Punjab Mental Hospital Lahore 1932-46 - 1932-1946
Year: 1932
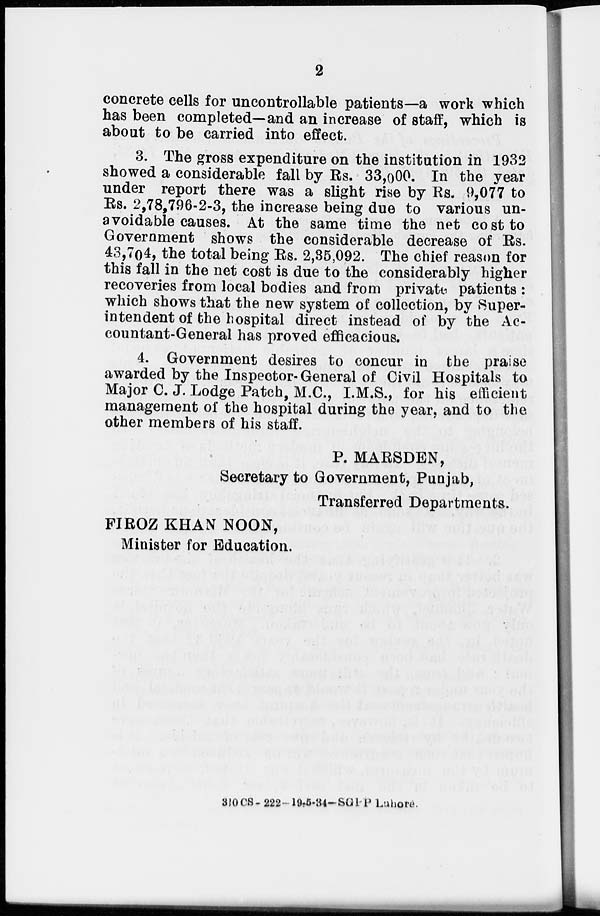
2
concrete cells for uncontrollable patients—a work which
has been completed—and an increase of staff, which is
about to be carried into effect.
3. The gross expenditure on the institution in 1932
showed a considerable fall by Rs. 33,000. In the year
under report there was a slight rise by Rs. 9,077 to
Rs. 2,78,796-2-3, the increase being due to various un-
avoidable causes. At the same time the net cost to
Government shows the considerable decrease of Rs.
43,704, the total being Rs. 2,35,092. The chief reason for
this fall in the net cost is due to the considerably higher
recoveries from local bodies and from private patients :
which shows that the new system of collection, by Super-
intendent of the hospital direct instead of by the Ac-
countant-General has proved efficacious.
4. Government desires to concur in the praise
awarded by the Inspector-General of Civil Hospitals to
Major C. J. Lodge Patch, M.C., I.M.S., for his efficient
management of the hospital during the year, and to the
other members of his staff.
P. MARSDEN,
Secretary to Government, Punjab,
Transferred Departments.
FIROZ KHAN NOON,
Minister for Education.
310 CS- 222-19,5-34- SGPP Lahore.